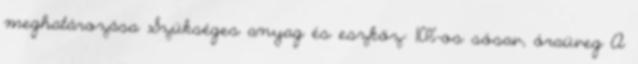
meghatározása Szükséges anyag és eszköz: 10%-os sósav, óraüveg A